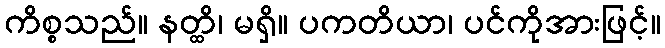
ကိစ္စသည်။ နတ္ထိ၊ မရှိ။ ပကတိယာ၊ ပင်ကိုအားဖြင့်။